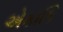
એકાકિ